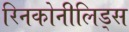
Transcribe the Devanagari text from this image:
रिनकोनीलिड्स